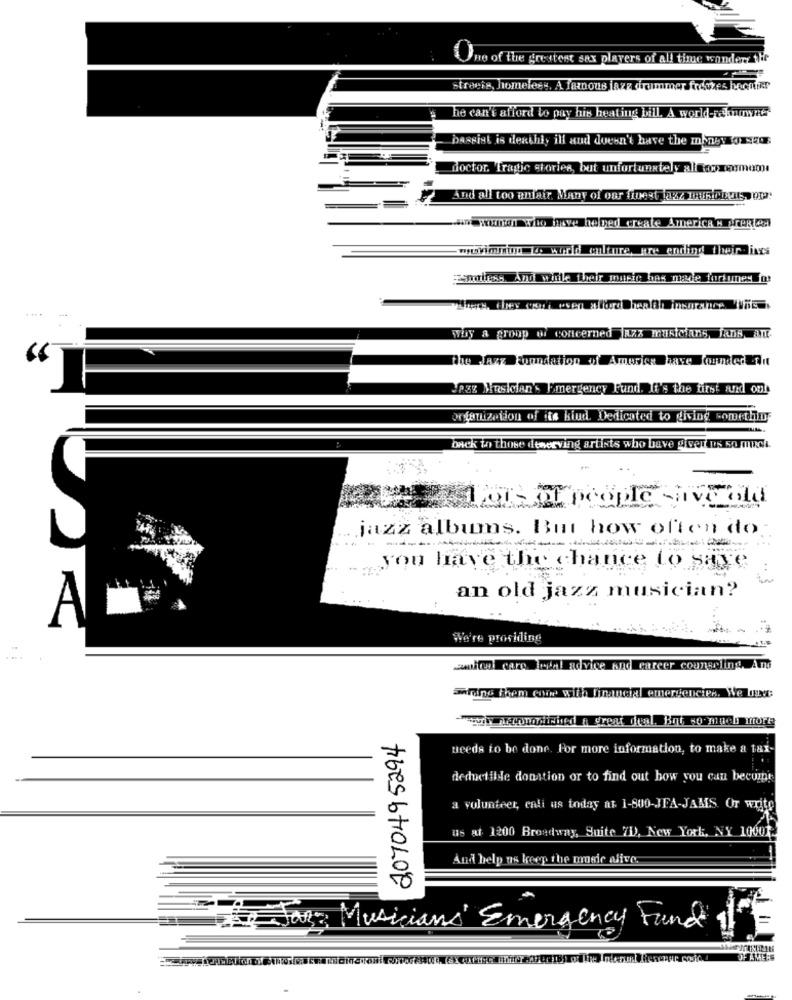
One of the greatest sax plavers of all time wonders the
streets, homeless, A famous jazz dimmer freezes hochtikr
he can't afford to pay his heating bill. A world- borne
bassist is deathly ill and doesn't have the money rizos
doctor. frage stories, but unfortunately al oosommom
And all too anlatr, Many of var finest zz discours om:
saint wonen who he hebed create America " reklam
Endless And willk their music hes male forkumes for
way a group of concerned JAZZ Musicians, ans ant.
pag Musician's Emergency Fund. It's the first and one
Organization of its kiud. Dedicated to giving something
back to those dewerving artists who bave giver dos so much.
jazz albums. But how often do
------
you have the chance to save
an old jazz musician?
We're prosiding
mitel caro legal advice and career counseling Ans
wine frem coiwe wsila hanekl emergencies. We lac
207049 5294
needs to be done. For more information, to make a tax-
deductible donation or to find out how you can becum!
a volunteer, cali us today at 1-800-JEA-JAMS. Or write
us at 1200 Broadway, Suite 7D), New York, NY 10001.
And help us keep the music alive.
Das Musicians' Emergency Fund 1